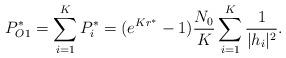
LaTeX: \begin{align*}P_{O1}^*=\sum_{i=1}^KP_i^*=(e^{Kr^*}-1)\frac{N_0}{K}\sum_{i=1}^K\frac{1}{|h_i|^2}.\end{align*}